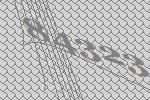
84323